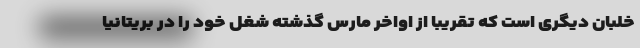
خلبان دیگری است که تقریبا از اواخر مارس گذشته شغل خود را در بریتانیا